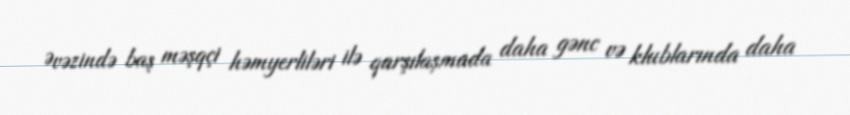
Əvəzində baş məşqçi həmyerliləri ilə qarşılaşmada daha gənc və klublarında daha